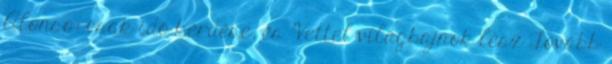
Alonso: csak idő kérdése, és Vettel világbajnok lesz Tovább